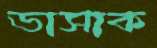
ভাসাক